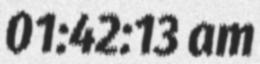
01:42:13 am